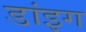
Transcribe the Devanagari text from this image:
डांइग